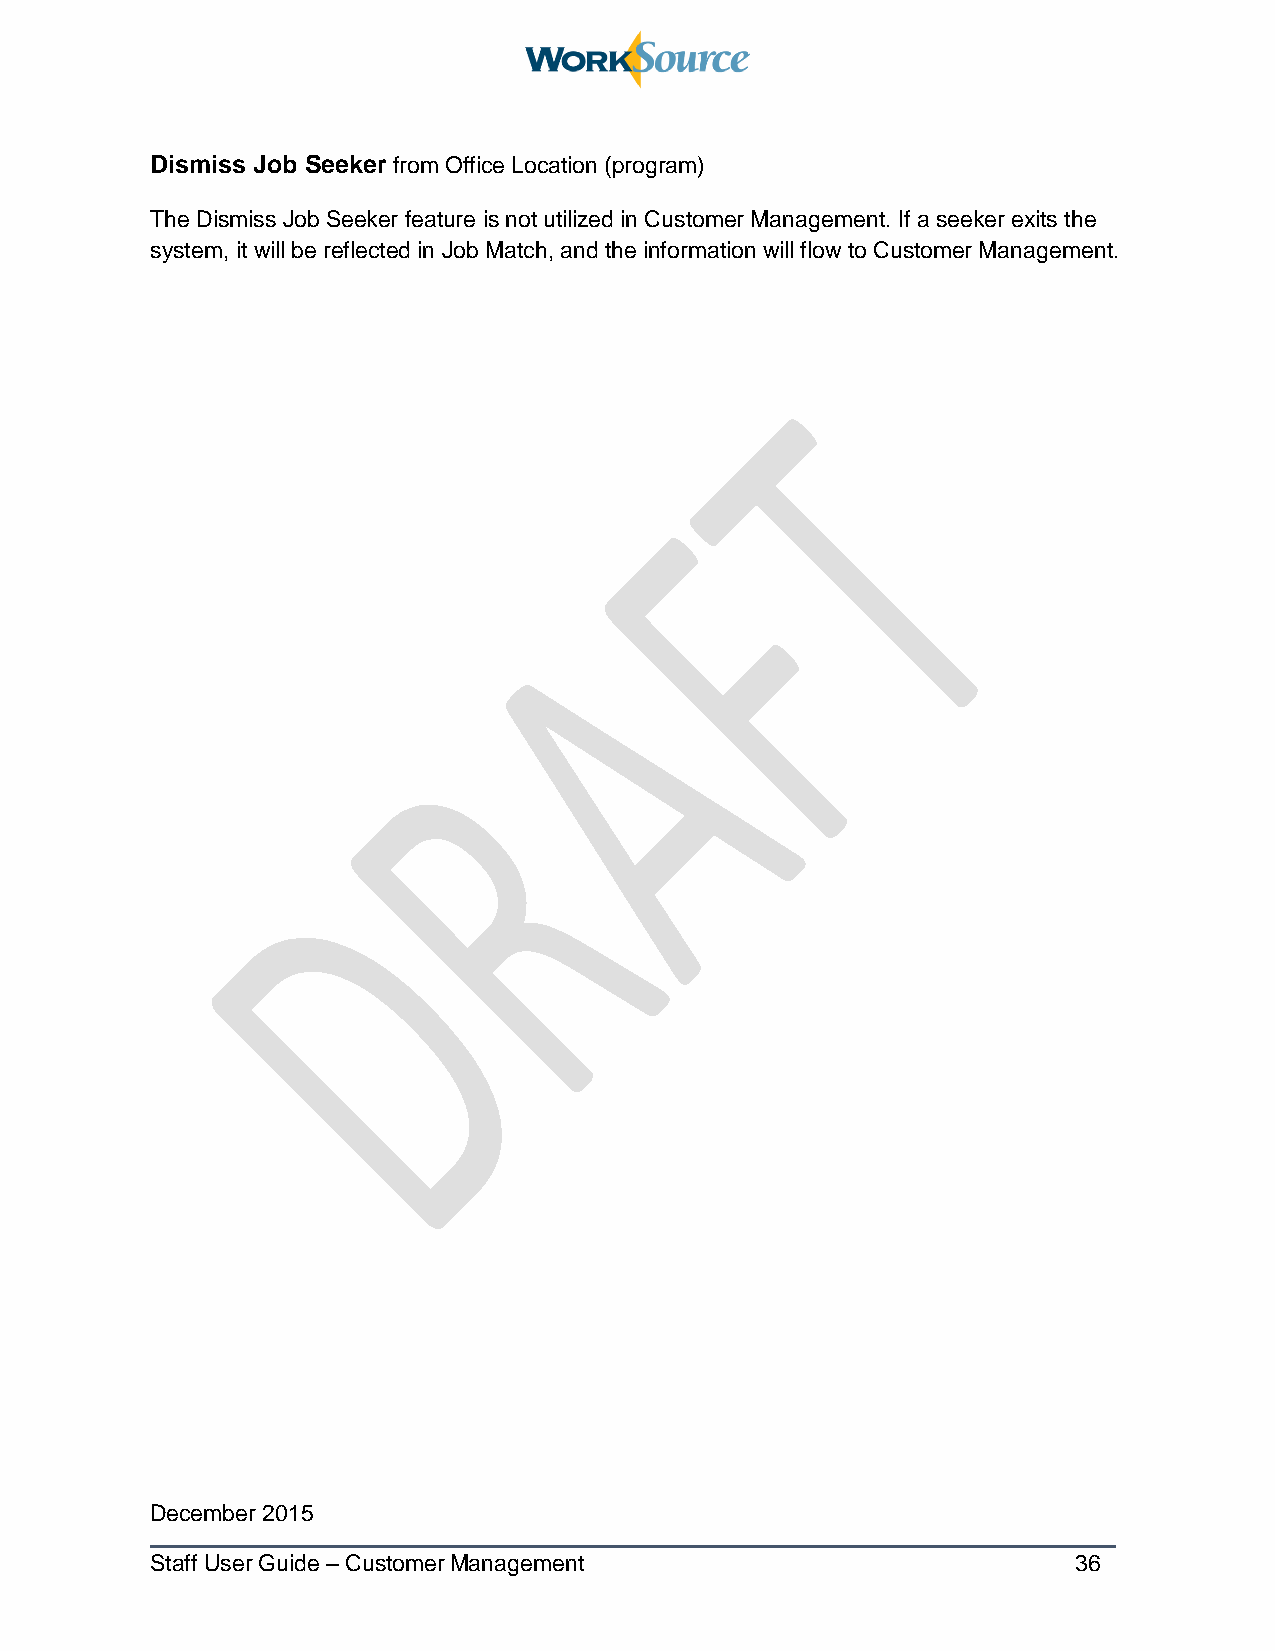
Dismiss Job Seeker from Office Location (program)
 The Dismiss Job Seeker feature is not utilized in Customer Management. If a seeker exits the
 system, it will be reflected in Job Match, and the information will flow to Customer Management.
 December 2015
 Staff User Guide – Customer Management                       36